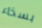
بسخاء